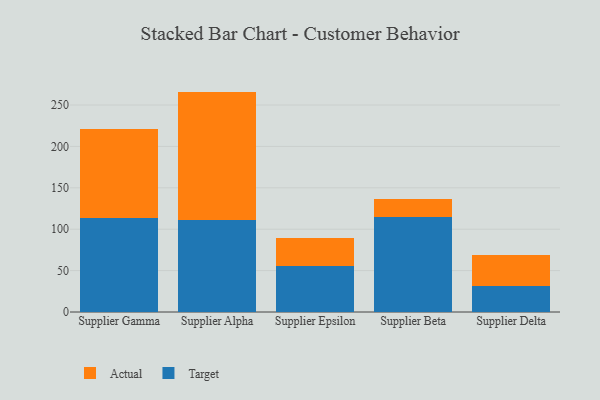
{"axis": {"x": "Supplier", "y": "Website Visitors"}, "legend": ["Actual", "Target"], "data": [{"x": "Supplier Gamma", "y": 113.1, "type": "Target"}, {"x": "Supplier Gamma", "y": 107.9, "type": "Actual"}, {"x": "Supplier Alpha", "y": 111.6, "type": "Target"}, {"x": "Supplier Alpha", "y": 154.6, "type": "Actual"}, {"x": "Supplier Epsilon", "y": 55.9, "type": "Target"}, {"x": "Supplier Epsilon", "y": 33.1, "type": "Actual"}, {"x": "Supplier Beta", "y": 115.0, "type": "Target"}, {"x": "Supplier Beta", "y": 21.4, "type": "Actual"}, {"x": "Supplier Delta", "y": 31.2, "type": "Target"}, {"x": "Supplier Delta", "y": 37.4, "type": "Actual"}]}